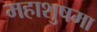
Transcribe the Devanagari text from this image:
महाशुषमा